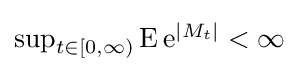
\textstyle \sup _{t\in [0,\infty )}\operatorname {E} \mathrm {e} ^{|M_{t}|}<\infty